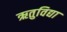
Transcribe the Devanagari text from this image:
ऋतुविद्या